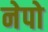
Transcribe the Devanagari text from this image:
नेपो